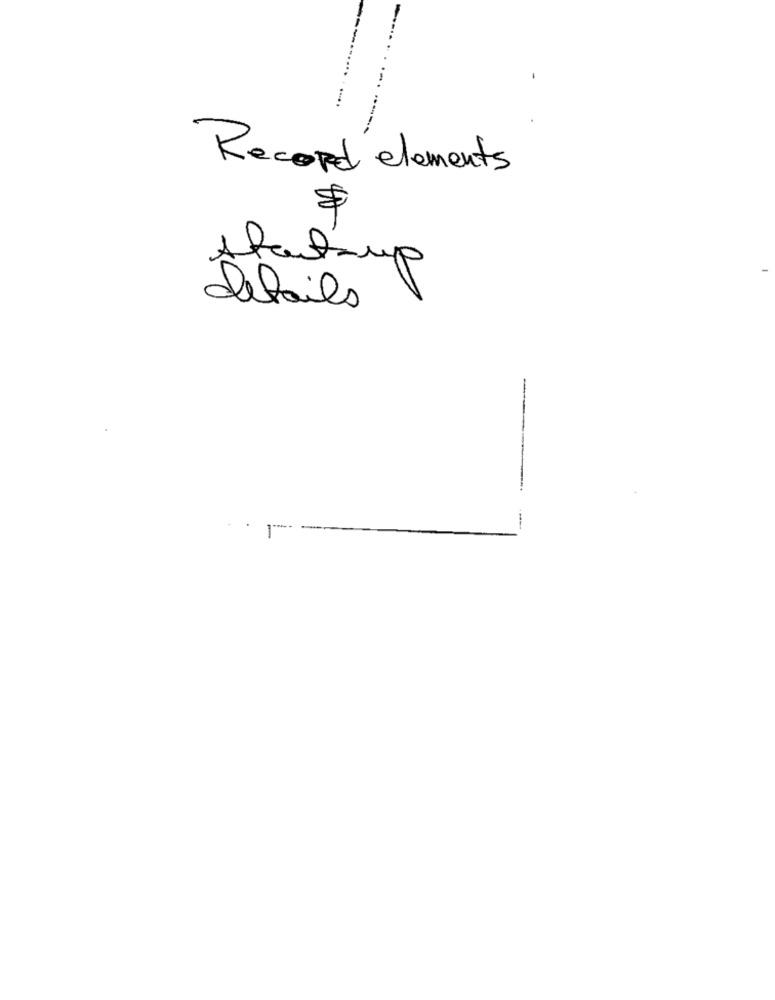
Record elements
startsup
details
-
-